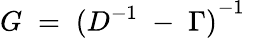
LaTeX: G\; =\; {(D^{-1}\; -\; \Gamma)}^{-1}\;